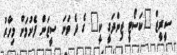
ސީރީޒް "ކަސޯޓީ ޒިންދަގީ ކީ" ގެ ދެ ވަނަ ސީޒަން ފެށުމަށް މިހާރު